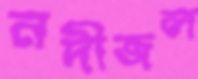
নদীজল